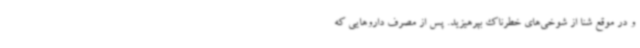
و در موقع شنا از شوخی‌های خطرناک بپرهیزید. پس از مصرف داروهایی که